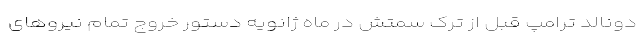
دونالد ترامپ قبل از ترک سمتش در ماه ژانویه دستور خروج تمام نیروهای